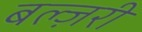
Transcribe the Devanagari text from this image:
बल्ज़री